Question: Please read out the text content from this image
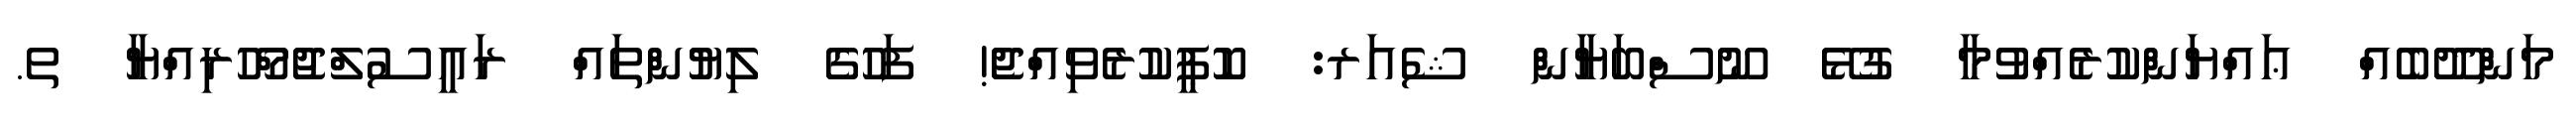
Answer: މަންދޫބެއް ޢައްޔަންކުރެއްވުމާ ގުޅޭ ނޫސްބަޔާން ޝެއަރ: ކޮޕީކުރެވިއްޖެ! ފަހުގެ ލިޔުންތައް ރައީސުލްޖުމްހޫރިއްޔާ ތ.